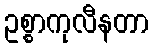
ဥစ္စာကုလီနတာ